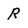
Character: R